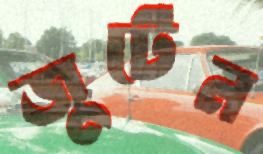
জুটেন